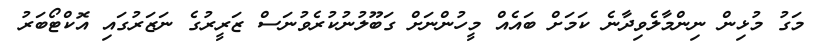
މަގު މުޅިން ނިންމާލެވިދާނެ ކަމަށް ބައެއް މީހުންނަށް ގަބޫލުނުކުރެވުނަސް ޒަރީރުގެ ނަޒަރުގައި އޮކްޓޯބަރު